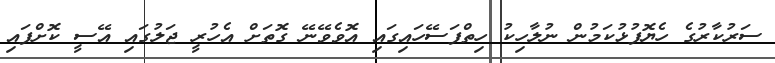
ސަރުކާރުގެ ހެޔޮފުޅުކަމުން ނުލާހިކު ހިތްފަސޭހައިގައި އޮވެވޭނޭ ގޮތަށް އެހުރީ ޖަލުގައި އޭސީ ކޮށްފައި